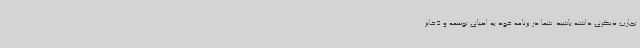
تجارب دیگری داشته باشید. شما در برنامه خود به احیای توسعه و ذخایر